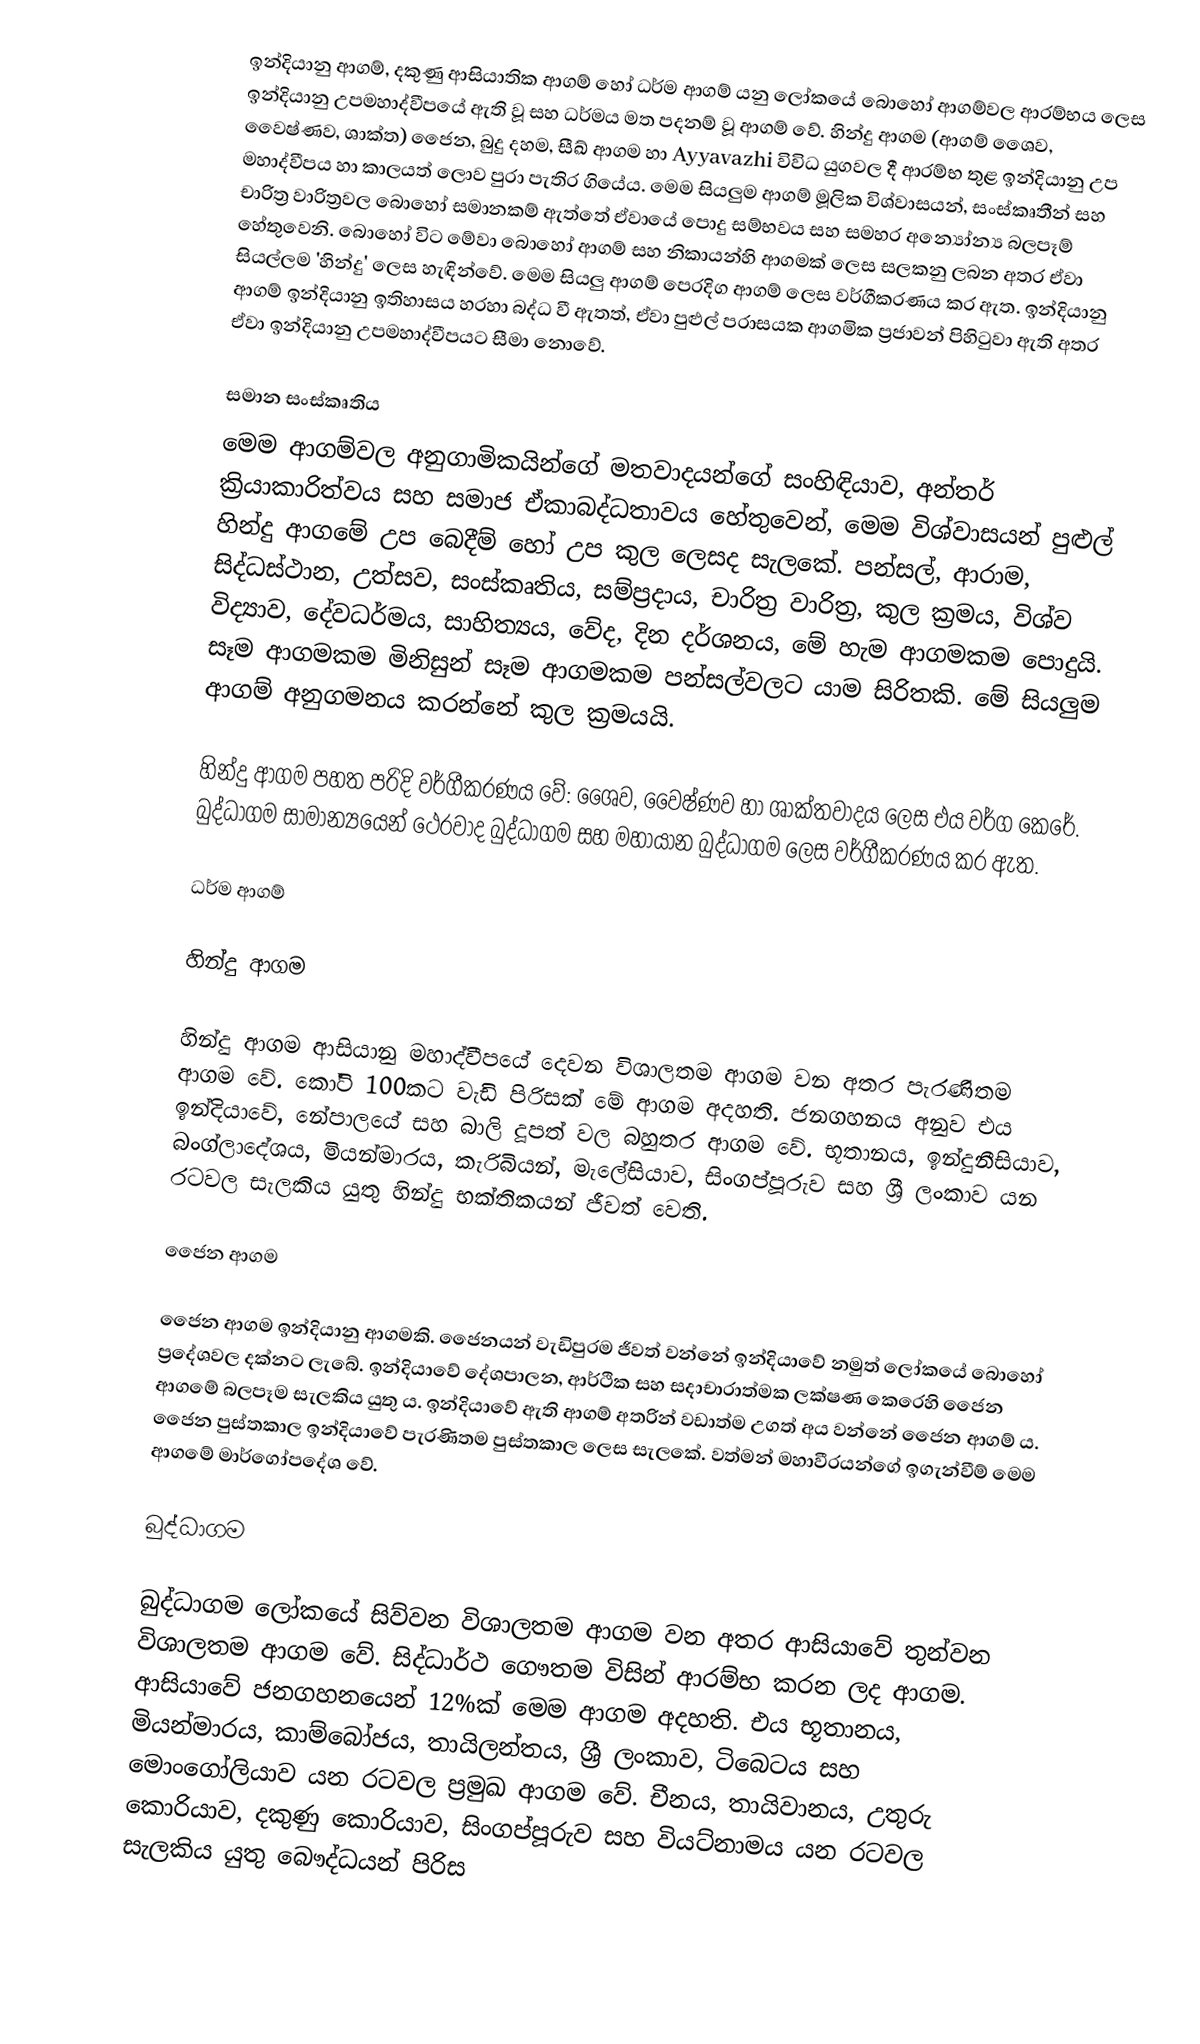
ඉන්දියානු ආගම්, දකුණු ආසියාතික ආගම් හෝ ධර්ම ආගම් යනු ලෝකයේ බොහෝ ආගම්වල ආරම්භය ලෙස ඉන්දියානු උපමහාද්වීපයේ ඇති වූ සහ ධර්මය මත පදනම් වූ ආගම් වේ.  හින්දු ආගම (ආගම් ශෛව, වෛෂ්ණව, ශාක්ත) ජෛන, බුදු දහම, සීඛ් ආගම හා Ayyavazhi විවිධ යුගවල දී ආරම්භ තුළ ඉන්දියානු උප මහාද්වීපය හා කාලයත් ලොව පුරා පැතිර ගියේය.  මෙම සියලුම ආගම් මූලික විශ්වාසයන්, සංස්කෘතීන් සහ චාරිත්‍ර වාරිත්‍රවල බොහෝ සමානකම් ඇත්තේ ඒවායේ පොදු සම්භවය සහ සමහර අන්‍යෝන්‍ය බලපෑම් හේතුවෙනි. බොහෝ විට මේවා බොහෝ ආගම් සහ නිකායන්හි ආගමක් ලෙස සලකනු ලබන අතර ඒවා සියල්ලම 'හින්දු' ලෙස හැඳින්වේ. මෙම සියලු ආගම් පෙරදිග ආගම් ලෙස වර්ගීකරණය කර ඇත. ඉන්දියානු ආගම් ඉන්දියානු ඉතිහාසය හරහා බද්ධ වී ඇතත්, ඒවා පුළුල් පරාසයක ආගමික ප්‍රජාවන් පිහිටුවා ඇති අතර ඒවා ඉන්දියානු උපමහාද්වීපයට සීමා නොවේ.

සමාන සංස්කෘතිය
මෙම ආගම්වල අනුගාමිකයින්ගේ මතවාදයන්ගේ සංහිඳියාව, අන්තර් ක්‍රියාකාරිත්වය සහ සමාජ ඒකාබද්ධතාවය හේතුවෙන්, මෙම විශ්වාසයන් පුළුල් හින්දු ආගමේ උප බෙදීම් හෝ උප කුල ලෙසද සැලකේ. පන්සල්, ආරාම, සිද්ධස්ථාන, උත්සව, සංස්කෘතිය, සම්ප්‍රදාය, චාරිත්‍ර වාරිත්‍ර, කුල ක්‍රමය, විශ්ව විද්‍යාව, දේවධර්මය, සාහිත්‍යය, වේද, දින දර්ශනය, මේ හැම ආගමකම පොදුයි. සෑම ආගමකම මිනිසුන් සෑම ආගමකම පන්සල්වලට යාම සිරිතකි.  මේ සියලුම ආගම් අනුගමනය කරන්නේ කුල ක්‍රමයයි.

හින්දු ආගම පහත පරිදි වර්ගීකරණය වේ: ශෛව, වෛෂ්ණව හා ශාක්තවාදය ලෙස එය වර්ග කෙරේ. බුද්ධාගම සාමාන්‍යයෙන් ථෙරවාද බුද්ධාගම සහ මහායාන බුද්ධාගම ලෙස වර්ගීකරණය කර ඇත.

ධර්ම ආගම්

හින්දු ආගම

හින්දු ආගම ආසියානු මහාද්වීපයේ දෙවන විශාලතම ආගම වන අතර පැරණිතම ආගම වේ. කෝටි 100කට වැඩි පිරිසක් මේ ආගම අදහති. ජනගහනය අනුව එය ඉන්දියාවේ, නේපාලයේ සහ බාලි දූපත් වල බහුතර ආගම වේ. භූතානය, ඉන්දුනීසියාව, බංග්ලාදේශය, මියන්මාරය, කැරිබියන්, මැලේසියාව, සිංගප්පූරුව සහ ශ්‍රී ලංකාව යන රටවල සැලකිය යුතු හින්දු භක්තිකයන් ජීවත් වෙති.

ජෛන ආගම

ජෛන ආගම ඉන්දියානු ආගමකි. ජෛනයන් වැඩිපුරම ජීවත් වන්නේ ඉන්දියාවේ නමුත් ලෝකයේ බොහෝ ප්‍රදේශවල දක්නට ලැබේ.  ඉන්දියාවේ දේශපාලන, ආර්ථික සහ සදාචාරාත්මක ලක්ෂණ කෙරෙහි ජෛන ආගමේ බලපෑම සැලකිය යුතු ය. ඉන්දියාවේ ඇති ආගම් අතරින් වඩාත්ම උගත් අය වන්නේ ජෛන ආගම් ය.   ජෛන පුස්තකාල ඉන්දියාවේ පැරණිතම පුස්තකාල ලෙස සැලකේ.   වත්මන් මහාවීරයන්ගේ ඉගැන්වීම් මෙම ආගමේ මාර්ගෝපදේශ වේ.

බුද්ධාගම

බුද්ධාගම ලෝකයේ සිව්වන විශාලතම ආගම වන අතර ආසියාවේ තුන්වන විශාලතම ආගම වේ. සිද්ධාර්ථ ගෞතම විසින් ආරම්භ කරන ලද ආගම. ආසියාවේ ජනගහනයෙන් 12%ක් මෙම ආගම අදහති. එය භූතානය, මියන්මාරය, කාම්බෝජය, තායිලන්තය, ශ්‍රී ලංකාව, ටිබෙටය සහ මොංගෝලියාව යන රටවල ප්‍රමුඛ ආගම වේ. චීනය, තායිවානය, උතුරු කොරියාව, දකුණු කොරියාව, සිංගප්පූරුව සහ වියට්නාමය යන රටවල සැලකිය යුතු බෞද්ධයන් පිරිස